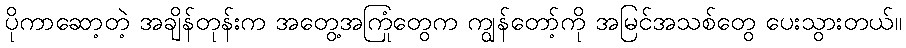
ပိုကာဆော့တဲ့ အချိန်တုန်းက အတွေ့အကြုံတွေက ကျွန်တော့်ကို အမြင်အသစ်တွေ ပေးသွားတယ်။